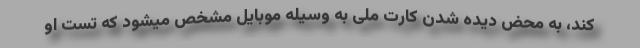
کند، به محض دیده شدن کارت ملی به وسیله موبایل مشخص میشود که تست او